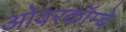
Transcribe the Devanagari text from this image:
ओवरकॉम्बे